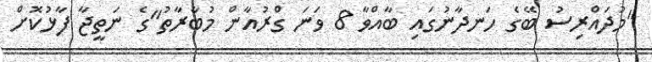
"މުދައްރިސު ބޭގެ ހަނދާނުގައި ބާއްވާ 8 ވަނަ ގްރުއާން މުބާރާތު"ގެ ނަތީޖާ ފާޅުކޮށް